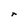
Character: r